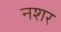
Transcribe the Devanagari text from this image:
नशर